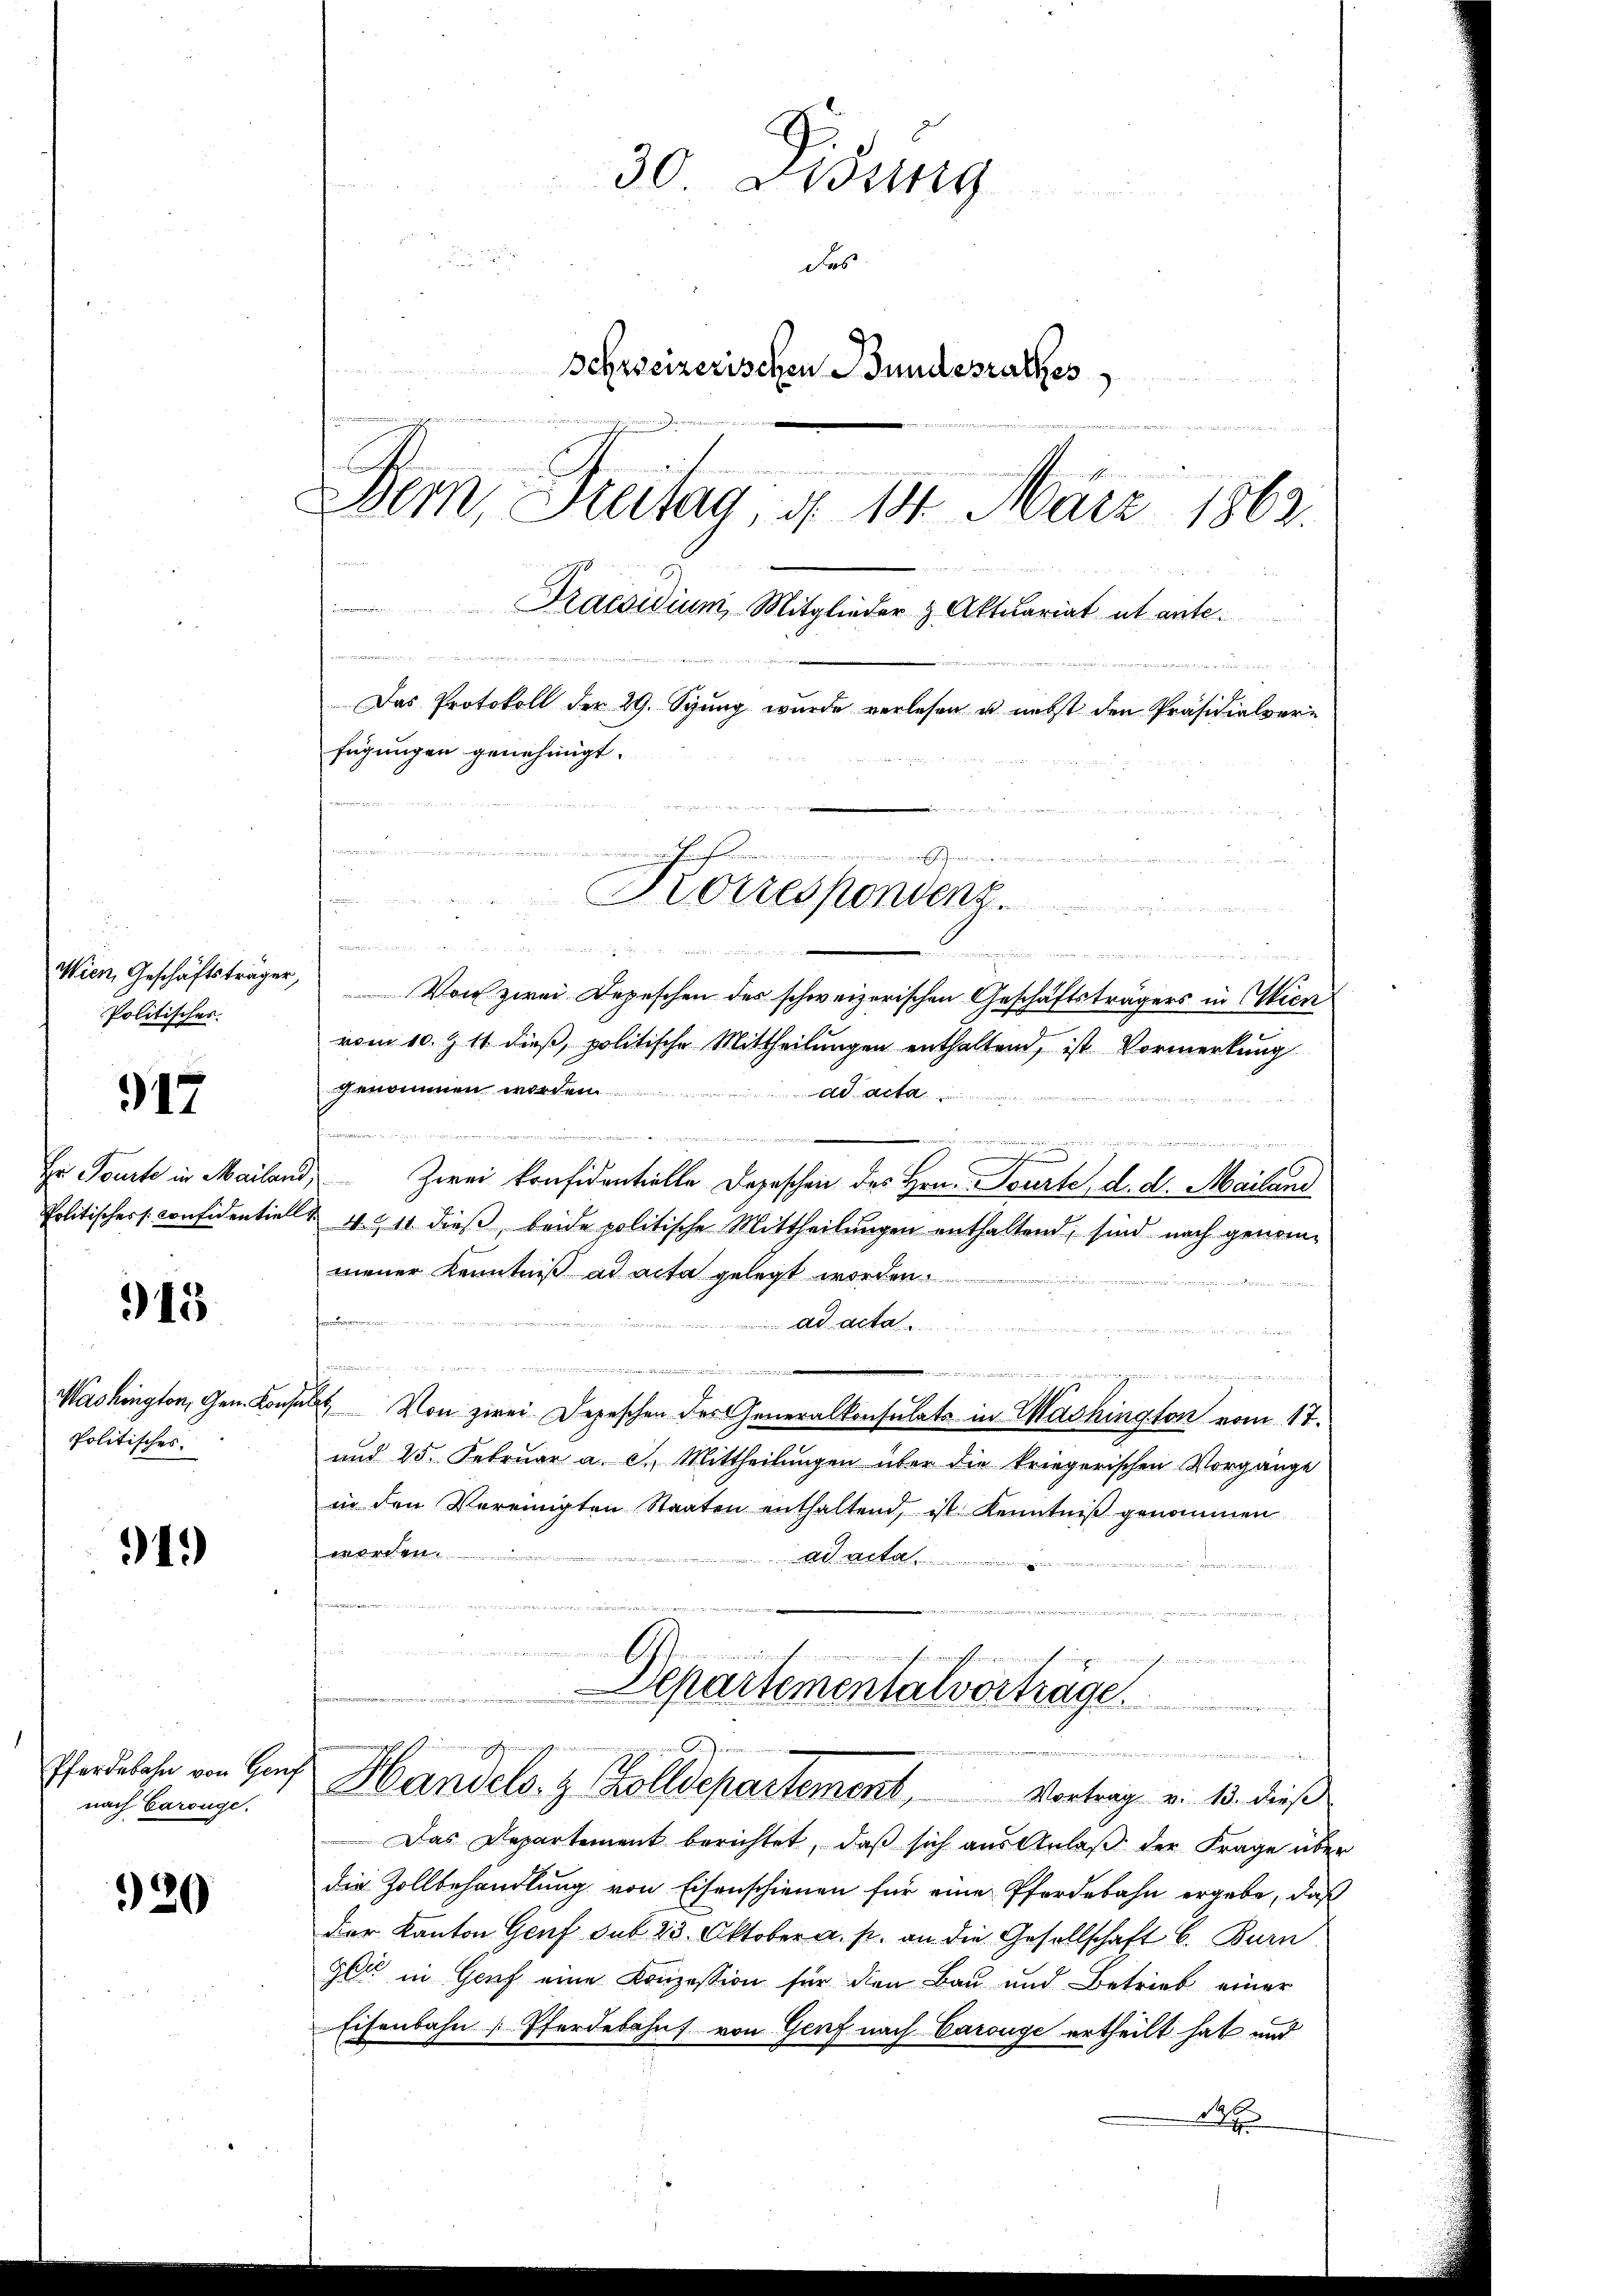
Politisches.

917

315

Politisches.

91.)

nach Carouge.

20

30. Disung
das
Schreizerischen Bundesrathes
Dem Pratag u. 111. März 1862.
Praesidium, Mitglieder & Aktuariat ut ante.

Se und
Das Protokoll der 29. Spung wurde verlesen u. nebst den Präsidialverfügungen genehmigt.

.
Korrespondenz.
.

                 treten wenn einisterrecht ei

Wien, Geschäftsträger, Von zwei Depeschen des schweizerischen Geschäftsträgers in Wien
vom 10. Z. 11 dieß, politische Mittheilungen enthaltend, ist Vormerkung
genommen worden.
ad acta
te, die sich nicht in die
e
Er Fourte in Mailand Zwei konfidentielle Depeschen des Hrn. Tourte, d. d. Mailand
Politischers. Considentiell u. 4. 211 dieβ beide politische Mittheilŭngen enthaltend, sind nach genommener Kenntniß ad acta gelegt worden.
fnun
 A

z
Mashington, Gen. Konsuls. Von zwei Depeschen der Generalkonsulats in Washington vom 17.
und 25. Februar a. c., Mittheilungen über die kriegerischen Vorgänge
in den Vereinigten Staaten enthaltend, ist Kenntniβ genommen
worden.
ad acta
u
u
Departementalverträge

Pferdebahn von Hans Handels- & Zolldepartement, Vortrag v. 13. dieß
Das Departement berichtet, daß sich aus Anlaß der Frage über
die Zollbehandlung von Eisenschienen für eine Pferdebahn ergebe, daß
der Kanton Genf sub 23 Oktober a. p. an die Gesellschaft b. Burn
90 in Genf eine Konzession für den Bau und Betrieb einer
Eisenbahn (Pferdebahn von Genf nach Carouge ertheilt hat und
N